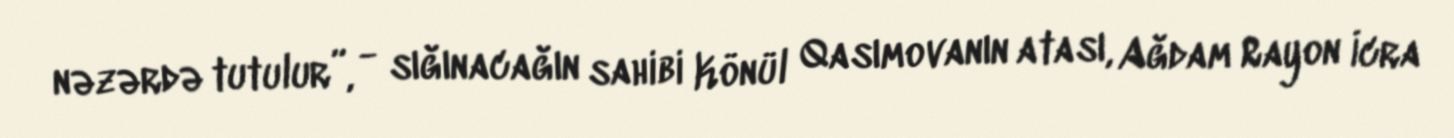
nəzərdə tutulur”, - sığınacağın sahibi Könül Qasımovanın atası, Ağdam Rayon İcra